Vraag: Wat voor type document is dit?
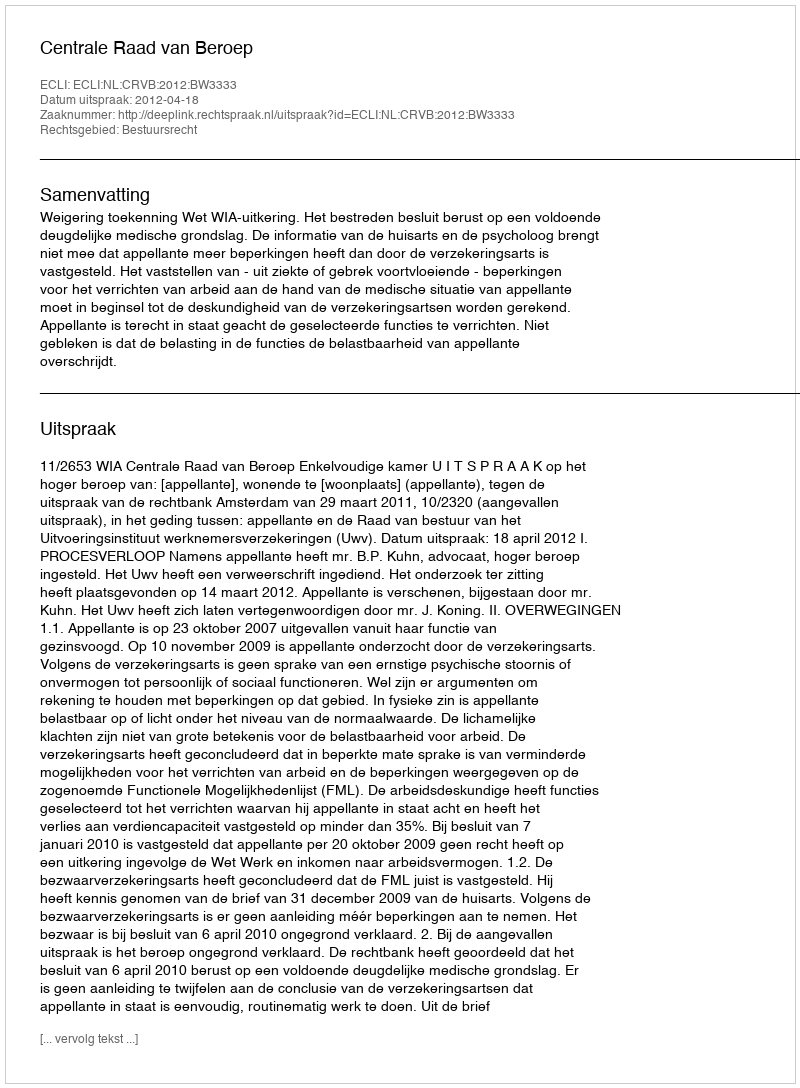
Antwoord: Uitspraak